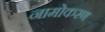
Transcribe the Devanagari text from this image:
नामोकरण